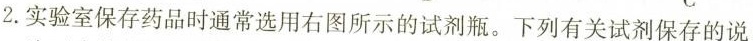
2.实验室保存药品时通常选用右图所示的试剂瓶。下列有关试剂保存的说